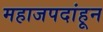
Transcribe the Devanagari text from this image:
महाजपदांहून